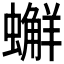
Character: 𧒻